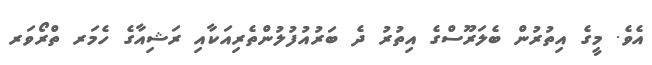
އެވެ. މީގެ އިތުރުން ބެލަރޫސްގެ އިތުރު ދެ ބަރުއުފުލުންތެރިއަކާއި ރަޝިއާގެ ހެމަރ ތްރޯވަރ